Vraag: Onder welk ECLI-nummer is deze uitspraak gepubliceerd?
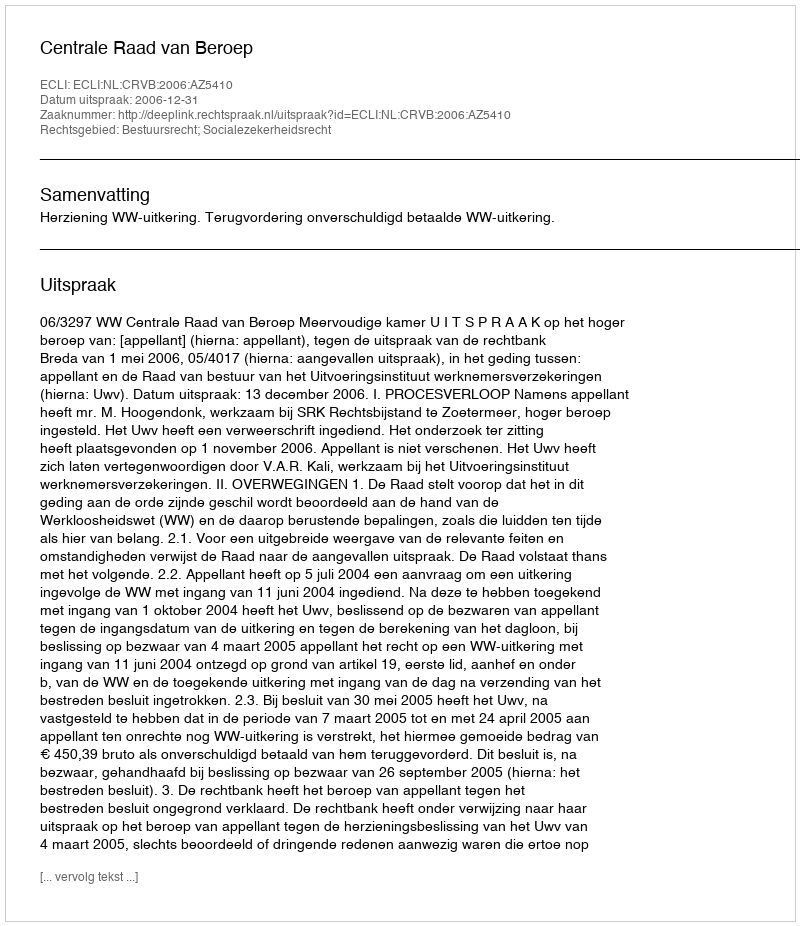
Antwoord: ECLI:NL:CRVB:2006:AZ5410